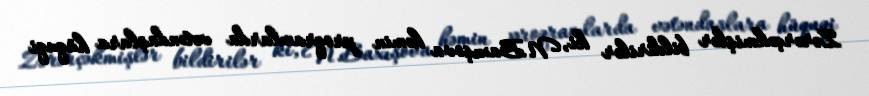
Zərərçəkmişlər bildirilər ki, N.Baxışova həmin proqramlarda vətəndaşlara hüquqi